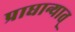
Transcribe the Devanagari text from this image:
प्राधान्यात्